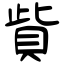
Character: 貲